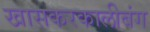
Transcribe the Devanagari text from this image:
खासकरकालीबंग